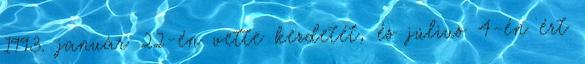
1993. január 22-én vette kezdetét, és július 4-én ért